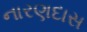
નારણદાસ